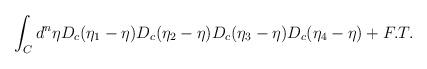
LaTeX: \begin{align*}\int_Cd^n\eta D_c(\eta_1 - \eta)D_c(\eta_2 - \eta)D_c(\eta_3 - \eta)D_c(\eta_4 - \eta) + F. T.\end{align*}